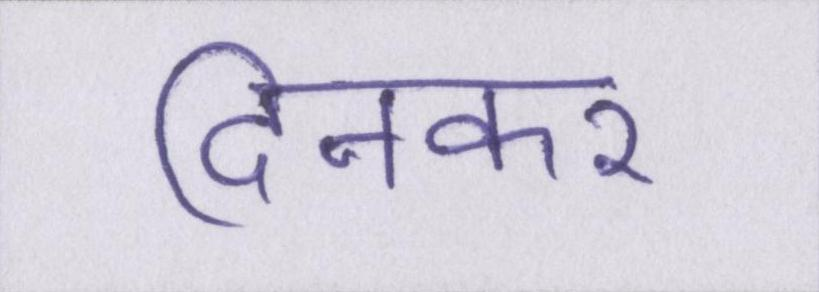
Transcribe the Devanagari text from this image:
दिनकर